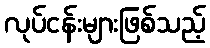
လုပ်ငန်းများဖြစ်သည့်